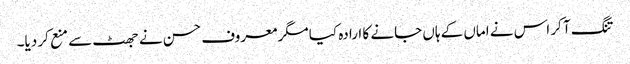
تنگ آ کر اس نے اماں کے ہاں جانے کا ارادہ کیا مگر معروف حسن نے جھٹ سے منع کر دیا۔